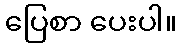
ပြေစာ ပေးပါ။